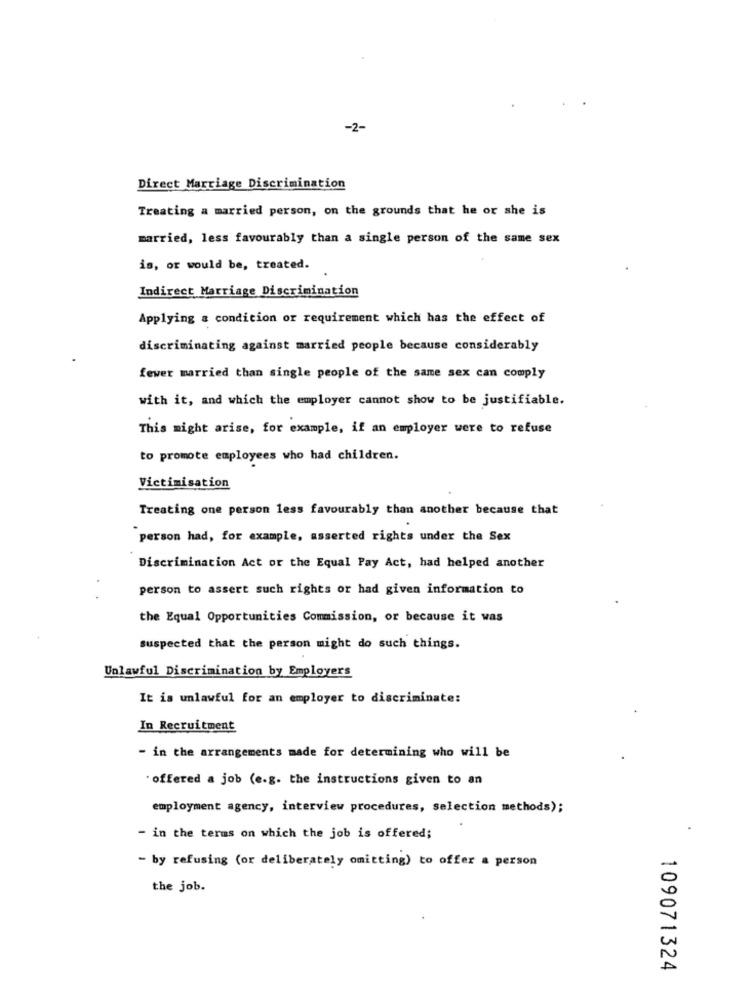
-2-
Direct Marriage Discrimination
Treating a married person, on the grounds that he or she is
married, less favourably than a single person of the same sex
is, or would be, treated.
Indirect Marriage Discrimination
Applying & condition or requirement which has the effect of
discriminating against married people because considerably
fewer married than single people of the same sex can comply
with it, and which the employer cannot show to be justifiable.
This might arise, for example, if an employer were to refuse
to promote employees who had children.
Victimisation
Treating one person less favourably than another because that
person had, for example, asserted rights under the Sex
Discrimination Act or the Equal Pay Act, had helped another
person to assert such rights or had given information to
the Equal Opportunities Commission, or because it was
suspected that the person might do such things.
Unlawful Discrimination by Employers
It is unlawful for an employer to discriminate:
In Recruitment
- in the arrangements made for determining who will be
offered a job (e.g. the instructions given to an
employment agency, interview procedures, selection methods);
- in the terms on which the job is offered;
- by refusing (or deliberately omitting) to offer a person
the job.
109071324